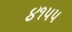
૪૧પપ